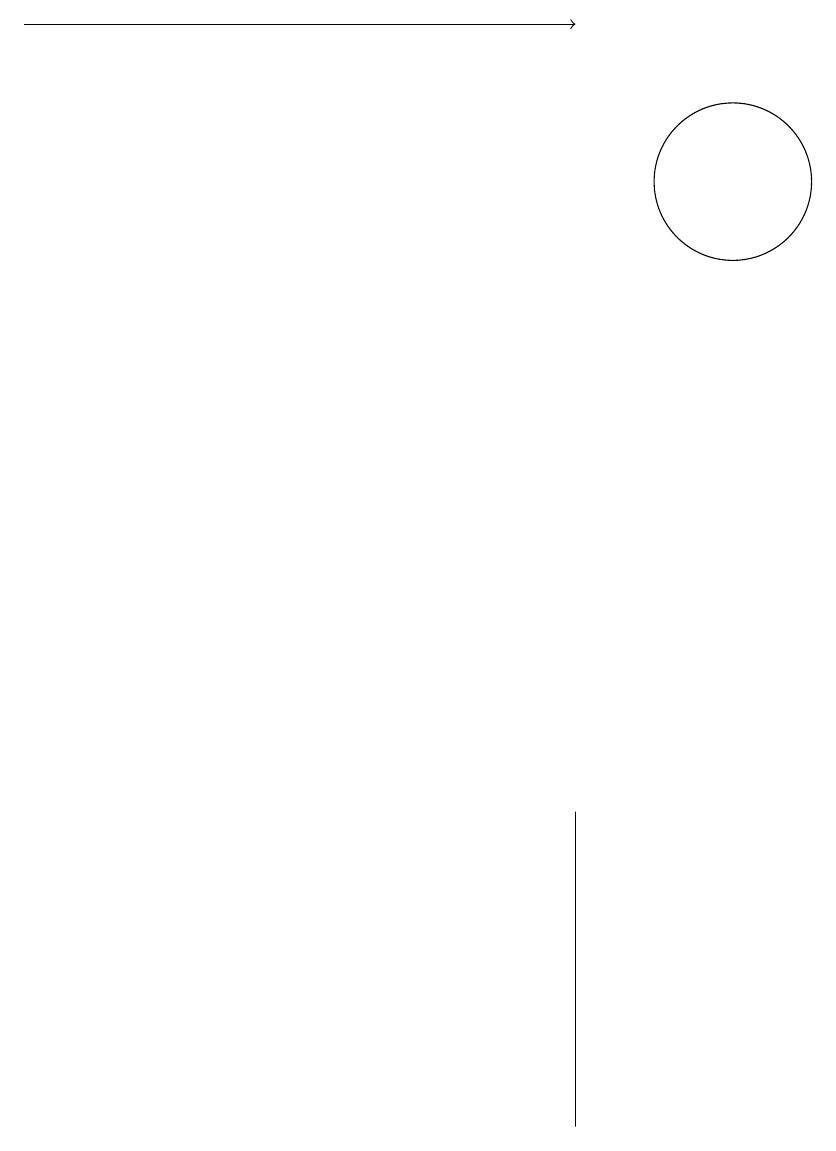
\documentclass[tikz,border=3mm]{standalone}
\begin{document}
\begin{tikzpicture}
\draw (11,12) circle (1);
\draw[->] (2,14) -- (9,14);
\draw (9,4) -- (9,0) -- (9,2) -- cycle;
\draw (11,11) circle (0);
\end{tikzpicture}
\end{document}